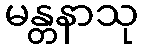
မန္တနာသု